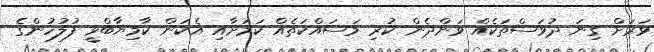
ވަރަށް ގިނަ ދުވަސްތަކެއް ވަންދެން ކުރި މަސައްކަތެއް ކަމަށާއި އެކަން ކާމިޔާބްވީ ފުލުހުންގެ